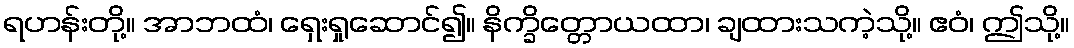
ရဟန်းတို့။ အာဘထံ၊ ရှေးရှုဆောင်၍။ နိက္ခိတ္တောယထာ၊ ချထားသကဲ့သို့။ ဧဝံ၊ ဤသို့။